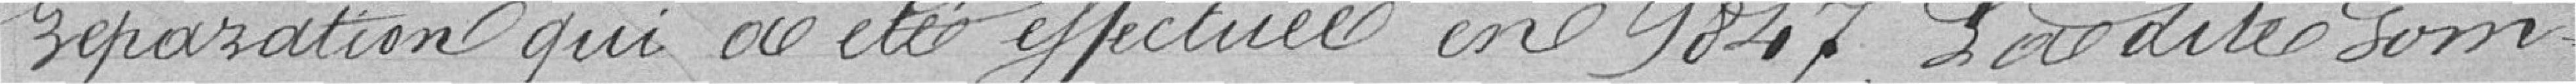
réparation qui a été effectuée en 1847. La dite som-